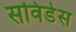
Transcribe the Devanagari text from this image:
सविडेस